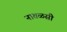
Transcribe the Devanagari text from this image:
नातळसी